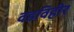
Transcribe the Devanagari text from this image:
वडविहीर